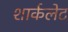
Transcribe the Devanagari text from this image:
शार्कलेट